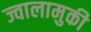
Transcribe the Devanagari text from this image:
ज्वालामुकी